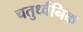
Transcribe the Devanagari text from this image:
चतुर्ध्वनिक